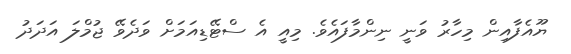
ޔޫއެފާއިން މިހާރު ވަނީ ނިންމާފައެވެ. މިއީ އެ ސްޓޭޑިއަމަށް ވަދެވޭ ޖުމްލަ އަދަދު